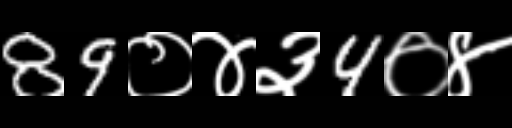
Text: 89०४३4०४